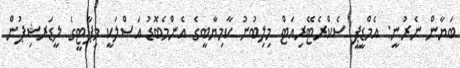
ބަޔާން ނެރުނީ: އެމްޑީޕީ ސެކްރެޓޭރިއަޓް މިލިބުނު ކާމިޔާބީގެ އެންމެބޮޑު އަސްލަކީ މިޕާޓީގެ ލީޑަރޝިޕުން